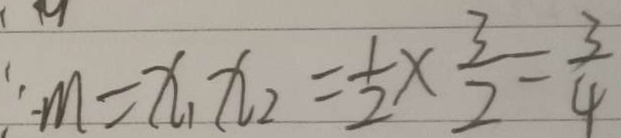
\therefore m = x _ { 1 } x _ { 2 } = \frac { 1 } { 2 } \times \frac { 3 } { 2 } = \frac { 3 } { 4 }